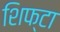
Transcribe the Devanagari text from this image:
शिफ्टा